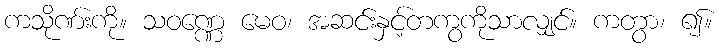
ကသိုဏ်းကို။ သဝဏ္ဏေ မေဝ၊ အဆင်းနှင့်တကွကိုသာလျှင်။ ကတွာ၊ ၍။